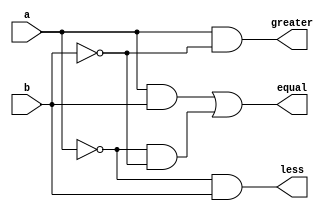
module com1 ( input a, input b, output greater,   output less, output equal );
    assign greater = a & (~b);
    assign less = (~a) & b;
    assign equal = (a&b) | ((~a) & (~b)) ;
    
endmodule

module top_module(input [7:0] a,input [7:0] b,output greater,   output less, output equal  );
    wire a0,a1,a2,a3,a4,a5,a6,a7;
    wire b0,b1,b2,b3,b4,b5,b6,b7;
    wire x;
    com1 c7(a[7],b[7],a7,x,b7);
    com1 c6(a[6],b[6],a6,x,b6);
    com1 c5(a[5],b[5],a5,x,b5);
    com1 c4(a[4],b[4],a4,x,b4);
    com1 c3(a[3],b[3],a3,x,b3);
    com1 c2(a[2],b[2],a2,x,b2);
    com1 c1(a[1],b[1],a1,x,b1);
    com1 c0(a[0],b[0],a0,x,b0);
    
    assign greater = (a7)|(b7&a6)|(b7&b6&a5)|(b7&b6&b5&a4)|(b7&b6&b5&b4&a3)|(b7&b6&b5&b4&b3&a2)|(b7&b6&b5&b4&b3&b2&a1)|(b7&b6&b5&b4&b3&b2&b1&a0);
    assign equal =   b7 & b6 & b5 & b4 & b3 & b2 & b1 & b0;
    assign less = !(greater ^ equal);  
endmodule

module test;
    reg [7:0] A,B;
    wire g,e,l;
    
    
    
    top_module dut(.a(A), .b(B), .greater(g), .less(l), .equal(e) );
    initial begin
        A = 8'b00101010 ; B = 8'b00000001;
        #1 $display ("A = %b , B = %b , greater = %b, equal = %b, less = %b" , A,B,g,e,l);

        #1 A = 8'b00101001 ; B = 8'b10000000;
        #1 $display ("A = %b , B = %b , greater = %b, equal = %b, less = %b" , A,B,g,e,l);

        #1 A = 8'b10101001 ; B = 8'b11000001;
        #1 $display ("A = %b , B = %b , greater = %b, equal = %b, less = %b" , A,B,g,e,l);

        #1 A = 8'b00101010 ; B = 8'b10100001;
        #1 $display ("A = %b , B = %b , greater = %b, equal = %b, less = %b" , A,B,g,e,l);

        #1 A = 8'b00101001 ; B = 8'b00110001;
        #1 $display ("A = %b , B = %b , greater = %b, equal = %b, less = %b" , A,B,g,e,l);

        #1 A = 8'b11101001 ; B = 8'b01111101;
        #1 $display ("A = %b , B = %b , greater = %b, equal = %b, less = %b" , A,B,g,e,l);

        #1 A = 8'b00100001 ; B = 8'b00000000;
        #1 $display ("A = %b , B = %b , greater = %b, equal = %b, less = %b" , A,B,g,e,l);

        #1 A = 8'b10101001 ; B = 8'b10101001;
        #1 $display ("A = %b , B = %b , greater = %b, equal = %b, less = %b" , A,B,g,e,l);

        #1 A = 8'b11011001 ; B = 8'b00101000;
        #1 $display ("A = %b , B = %b , greater = %b, equal = %b, less = %b" , A,B,g,e,l);

        #1 A = 8'b11111111 ; B = 8'b11111111;
        #1 $display ("A = %b , B = %b , greater = %b, equal = %b, less = %b" , A,B,g,e,l);
        
        $stop;
    end
endmodule